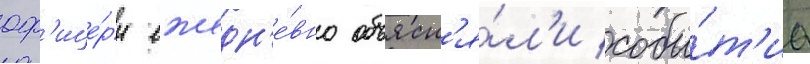
оф'ице́ры ежедн'е́вно объясн'я́л'и собы́т'иа